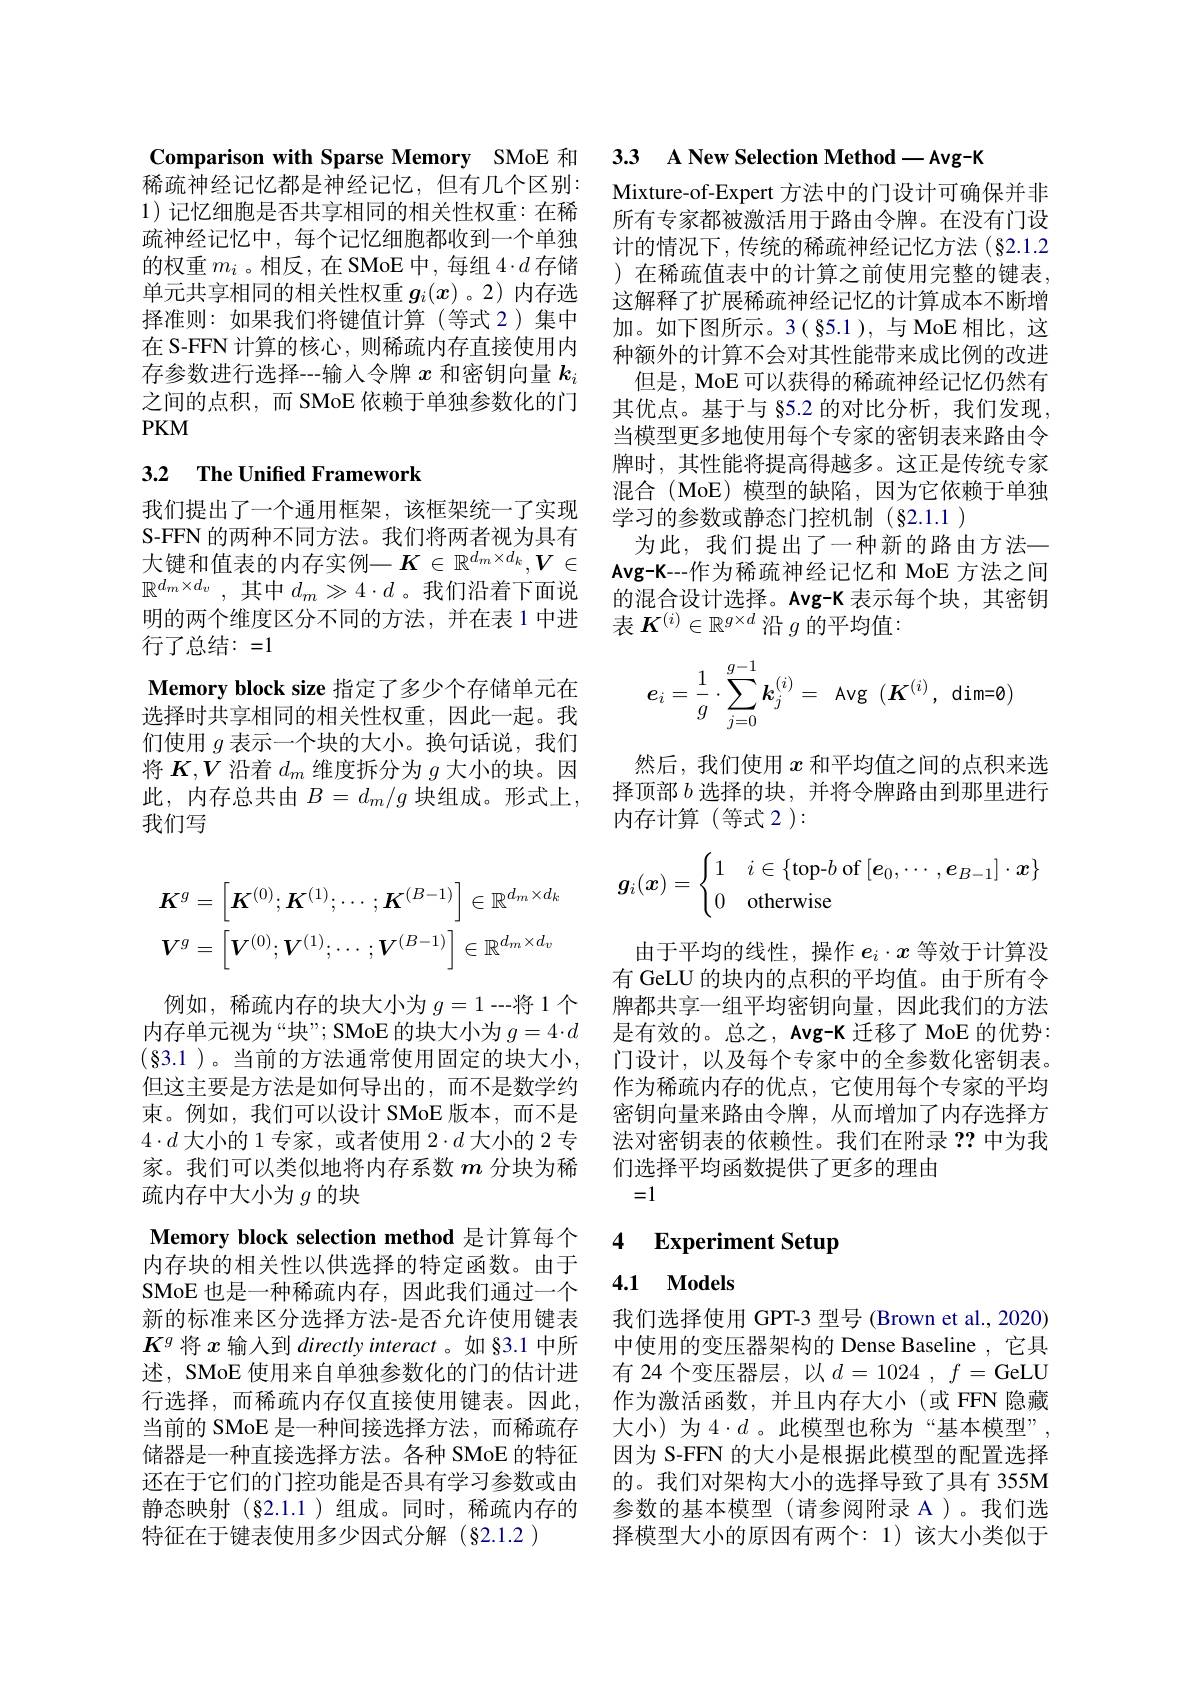
疏神经记忆中、每个记忆细胞都收到一个单独
的权重$m_i$ 。相反，在 SMoE 中，每组$4\cdot d$存储 ) 在稀疏值表中的计算之前使用完整的键表， 单元共享相同的相关性权重$g_i(x)$。2)内存选 这解释了扩展稀疏神经记忆的计算成本不断增择准则：如果我们将键值计算(等式 2)集中
在 S-FFN 计算的核心，则稀疏内存直接使用内 种额外的计算不会对其性能带来成比例的改进
存参数进行选择---输人令牌$x$和密钥向量$k_i$ 之间的点积，而 SMoE 依赖于单独参数化的门$PKM$

### 3.2 $\textbf{The Unified Framework}$

我们提出了一个通用框架，该框架统一了实现S-FFN 的两种不同方法。我们将两者视为具有行了总结：=1
Memory block size 指定了多少个存储单元在选择时共享相同的相关性权重，因此一起。我们使用$g$表示一个块的大小。换句话说，我们将$K,V$沿着$d_m$维度拆分为$g$大小的块。因此，内存总共由 $B=d_m/g$ 块组成。形式上， 我们写
$$K^{g}=\left[\boldsymbol{K}^{(0)};\boldsymbol{K}^{(1)};\cdots;\boldsymbol{K}^{(B-1)}\right]\in\mathbb{R}^{d_{m}\times d_{k}}\\\boldsymbol{V}^{g}=\left[\boldsymbol{V}^{(0)};\boldsymbol{V}^{(1)};\cdots;\boldsymbol{V}^{(B-1)}\right]\in\mathbb{R}^{d_{m}\times d_{v}}$$
例如，稀疏内存的块大小为 $g=1--$将 1 个 牌都共享一组平均密钥向量，因此我们的方法内存单元视为“块”; SMoE 的块大小为 $g= 4\cdot d$ 是有效的。总之，Avg-K 迁移了 MoE 的优势： (83.1)。当前的方法通常使用固定的块大小，门设计，以及每个专家中的全参数化密钥表。但这主要是方法是如何导出的，而不是数学约 作为稀疏内存的优点，它使用每个专家的平均束。例如，我们可以设计 SMoE 版本，而不是 密钥向量来路由令牌，从而增加了内存选择方$4\cdot d$大小的1专家，或者使用$2\cdot d$大小的 2 专家。我们可以类似地将内存系数$m$分块为稀疏内存中大小为$g$的块
Memory block selection method 是计算每个内存块的相关性以供选择的特定函数。由于SMoE 也是一种稀疏内存，因此我们通过一个新的标准来区分选择方法-是否允许使用键表$K^g$将$x$输入到 directly interact 。如 §3.1 中所述，SMoE 使用来自单独参数化的门的估计进行选择，而稀疏内存仅直接使用键表。因此， 当前的 SMoE 是一种间接选择方法，而稀疏存储器是一种直接选择方法。各种 SMoE 的特征 因为 S-FFN 的大小是根据此模型的配置选择还在于它们的门控功能是否具有学习参数或由 的。我们对架构大小的选择导致了具有 355M 静态映射(§2.1.1)组成。同时，稀疏内存的 参数的基本模型 (请参阅附录 A )。我们选特征在于键表使用多少因式分解(§2.1.2)

Comparison with Sparse Memory SMoE 和 3.3 A New Selection Method— Avg-K
稀疏神经记忆都是神经记忆，但有几个区别：Mixture-of-Expert 方法中的门设计可确保并非1)记忆细胞是否共享相同的相关性权重：在稀 所有专家都被激活用于路由令牌。在没有门设硫袖经记忆中 每个记忆细胞都收到一个单独 计出生况下 佐佐位仅了其中$z$

计的情况下，传统的稀疏神经记忆方法(§2.1.2加。如下图所示。3( 85.1), 与 MoE 相比，这
但是，MoE 可以获得的稀疏神经记忆仍然有其优点。基于与 §5.2 的对比分析，我们发现， 当模型更多地使用每个专家的密钥表来路由令牌时，其性能将提高得越多。这正是传统专家混合(MoE)模型的缺陷，因为它依赖于单独学习的参数或静态门控机制$(\S2.1.1)$
为此，我们提出了一种新的路由方法—
大 键 和 值 表 的 内 存 实 例 一 $\boldsymbol{K}\in \mathbb{R} ^{d_m\times d_k}, \boldsymbol{V}\in$ $\mathbf{Avg- K- - 作 为 稀 疏 神 经 记 忆 和 ~MoE~方 法 之 间 }$ $\mathbb{R}^{d_m\times d_v}$, 其中$d_m\gg4\cdot d$ 。我们沿着下面说 的混合设计选择。Avg-K 表示每个块，其密钥明 的 两 个 维 度 区 分 不 同 的 方 法 , 并 在 表 1中 进 表 $K^{( i) }\in \mathbb{R} ^{g\times d}$ 沿 $g$ 的 平 均 值 :
$$e_i=\dfrac{1}{g}\cdot\sum_{j=0}^{g-1}\boldsymbol{k}_j^{(i)}=\:\text{Avg}\:(\boldsymbol{K}^{(i)},\:\text{dim=0})$$
然后，我们使用$x$和平均值之间的点积来选择顶部$b$选择的块，并将令牌路由到那里进行内存计算 (等式 2 ):
$$\boldsymbol{g}_i(\boldsymbol{x})=\begin{cases}1&i\in\{\text{top-}b\text{of}\left[\boldsymbol{e}_0,\cdots,\boldsymbol{e}_{B-1}\right]\cdot\boldsymbol{x}\}\\0&\text{otherwise}\end{cases}$$
由于平均的线性，操作$e_i\cdot x$等效于计算没有 GeLU 的块内的点积的平均值。由于所有令法对密钥表的依赖性。我们在附录？?中为我们选择平均函数提供了更多的理由
=1

### 4 $\textbf{Experiment Setup}$

## 4.1 Models

我们选择使用 GPT-3 型号 (Brown et al., 2020) 中使用的变压器架构的 Dense Baseline ,它具有 24 个变压器层，以$d= 1024$ , $f=$ GeLU 作为激活函数，并且内存大小(或 FFN 隐藏大小)为4$\cdot d$。此模型也称为“基本模型”, 择模型大小的原因有两个：1) 该大小类似于